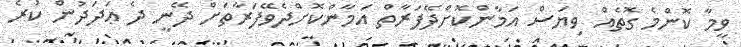
ވީމާ ކޮންމެ ގޮތެއް ވިޔަސް އަމާންކޮށްދޭފަރާތް އަމާންކޮށްދެވޭފަރާތަށް ދޭނީ ދެ ޢަދަދުން ކުރެ